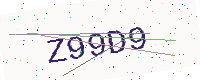
Text: Z99D9